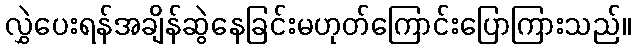
လွှဲပေးရန်အချိန်ဆွဲနေခြင်းမဟုတ်ကြောင်းပြောကြားသည်။